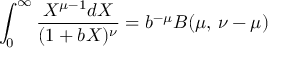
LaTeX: \int _ { 0 } ^ { \infty } { \frac { X ^ { \mu - 1 } d X } { ( 1 + b X ) ^ { \nu } } } = b ^ { - \mu } B ( \mu , \, \nu - \mu )